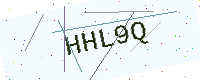
Text: HHL9Q